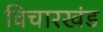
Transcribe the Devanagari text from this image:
विचारखंड